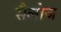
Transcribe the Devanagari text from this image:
सैलोज